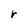
Character: r